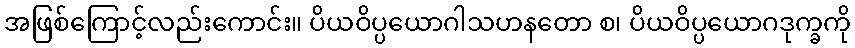
အဖြစ်ကြောင့်လည်းကောင်း။ ပိယဝိပ္ပယောဂါသဟနတော စ၊ ပိယဝိပ္ပယောဂဒုက္ခကို